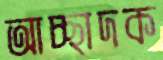
আচ্ছাদক